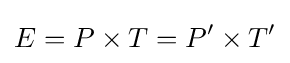
E=P\times T=P'\times T'